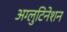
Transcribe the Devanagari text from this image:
अग्लुटिनेशन